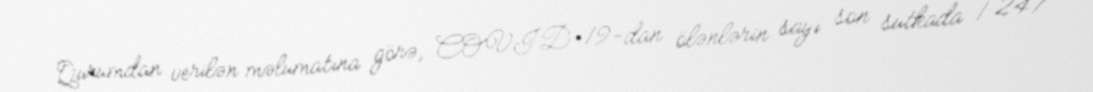
Qurumdan verilən məlumatına görə, COVID-19-dan ölənlərin sayı son sutkada 1 247